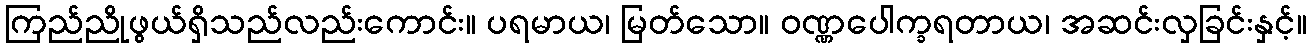
ကြည်ညိုဖွယ်ရှိသည်လည်းကောင်း။ ပရမာယ၊ မြတ်သော။ ဝဏ္ဏပေါက္ခရတာယ၊ အဆင်းလှခြင်းနှင့်။